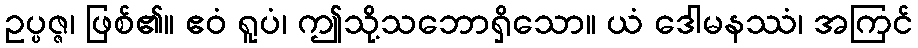
ဥပ္ပဇ္ဇ၊ ဖြစ်၏။ ဧဝံ ရူပံ၊ ဤသို့သဘောရှိသော။ ယံ ဒေါမနဿံ၊ အကြင်